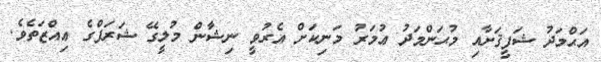
އަޙްމަދު ޝަފީޤަށާއި މުޙަންމަދު ޢުމަރު މަނިކަށް އެރުވީ ނިޝާން މުލީގޭ ޝަރަފްގެ ޢިއްޒަތެވެ.